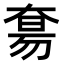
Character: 𫯭